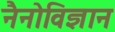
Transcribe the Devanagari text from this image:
नैनोविज्ञान